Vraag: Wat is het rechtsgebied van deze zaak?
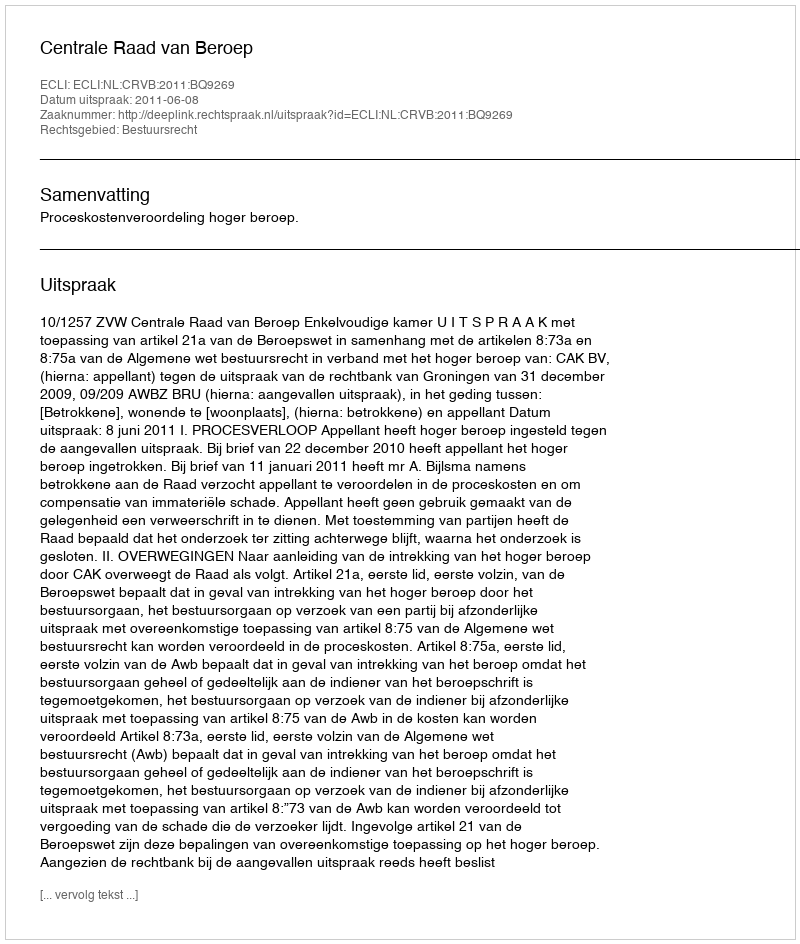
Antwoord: Bestuursrecht